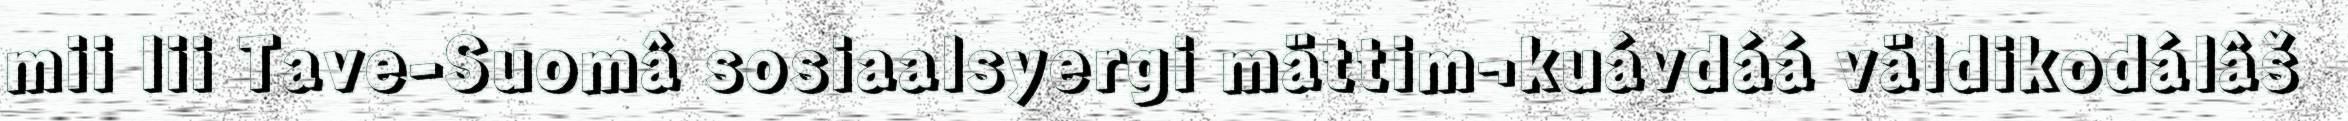
mii lii Tave-Suomâ sosiaalsyergi mättim¬kuávdáá väldikodálâš